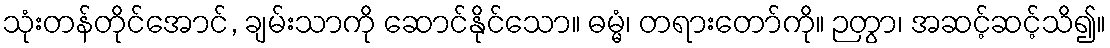
သုံးတန်တိုင်အောင်, ချမ်းသာကို ဆောင်နိုင်သော။ ဓမ္မံ၊ တရားတော်ကို။ ဉတွာ၊ အဆင့်ဆင့်သိ၍။